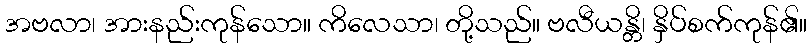
အဗလာ၊ အားနည်းကုန်သော။ ကိလေသာ၊ တို့သည်။ ဗလီယန္တိ၊ နှိပ်စက်ကုန်၏။